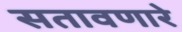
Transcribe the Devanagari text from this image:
सतावणारे